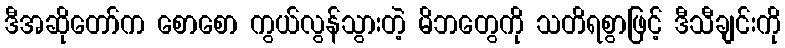
ဒီအဆိုတော်က စောစော ကွယ်လွန်သွားတဲ့ မိဘတွေကို သတိရစွာဖြင့် ဒီသီချင်းကို